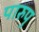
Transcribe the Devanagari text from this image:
पारुपु